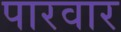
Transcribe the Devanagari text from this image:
पारवार